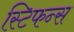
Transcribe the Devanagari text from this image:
स्टिफन्स